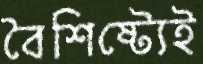
বৈশিষ্ট্যেই